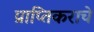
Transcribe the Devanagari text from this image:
प्राप्‍तिकराचे